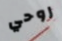
روحي